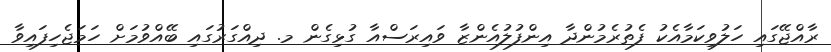
ރާއްޖޭގައި ހަލުވިކަމާއެކު ފެތުރެމުންދާ އިންފުލުއެންޒާ ވައިރަސްއާ ގުޅިގެން މ. ދިއްގަރުގައި ބޭއްވުމަށް ހަމަޖެހިފައިވާ